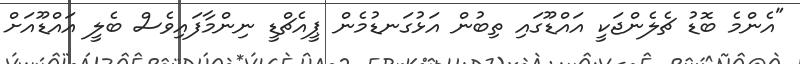
"އެންމެ ބޮޑު ޗެލެންޖަކީ އައްޑޫގައި ތިބުން އަޅުގަނޑުމެން ޕީއެޗްޑީ ނިންމާފައިވެސް ބެލީ އައްޑޫއަށް